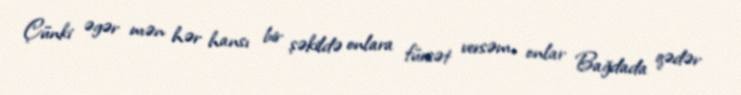
Çünki əgər mən hər hansı bir şəkildə onlara fürsət versəm, onlar Bağdada qədər